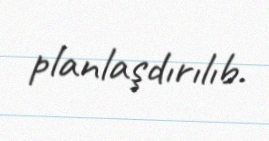
planlaşdırılıb.